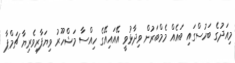
މިއަދުގެ ބަހުސްގައި ބައެއް މެމްބަރުން ވިދާޅުވީ އޭއައިއޭގެ ހިއްސާ މަޝްހޫރު ވިޔަފާރިވެރިޔާ ޗަމްޕާ